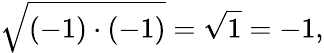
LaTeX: {\sqrt{\left(-1\right)\cdot\left(-1\right)}}={\sqrt{1}}=-1,